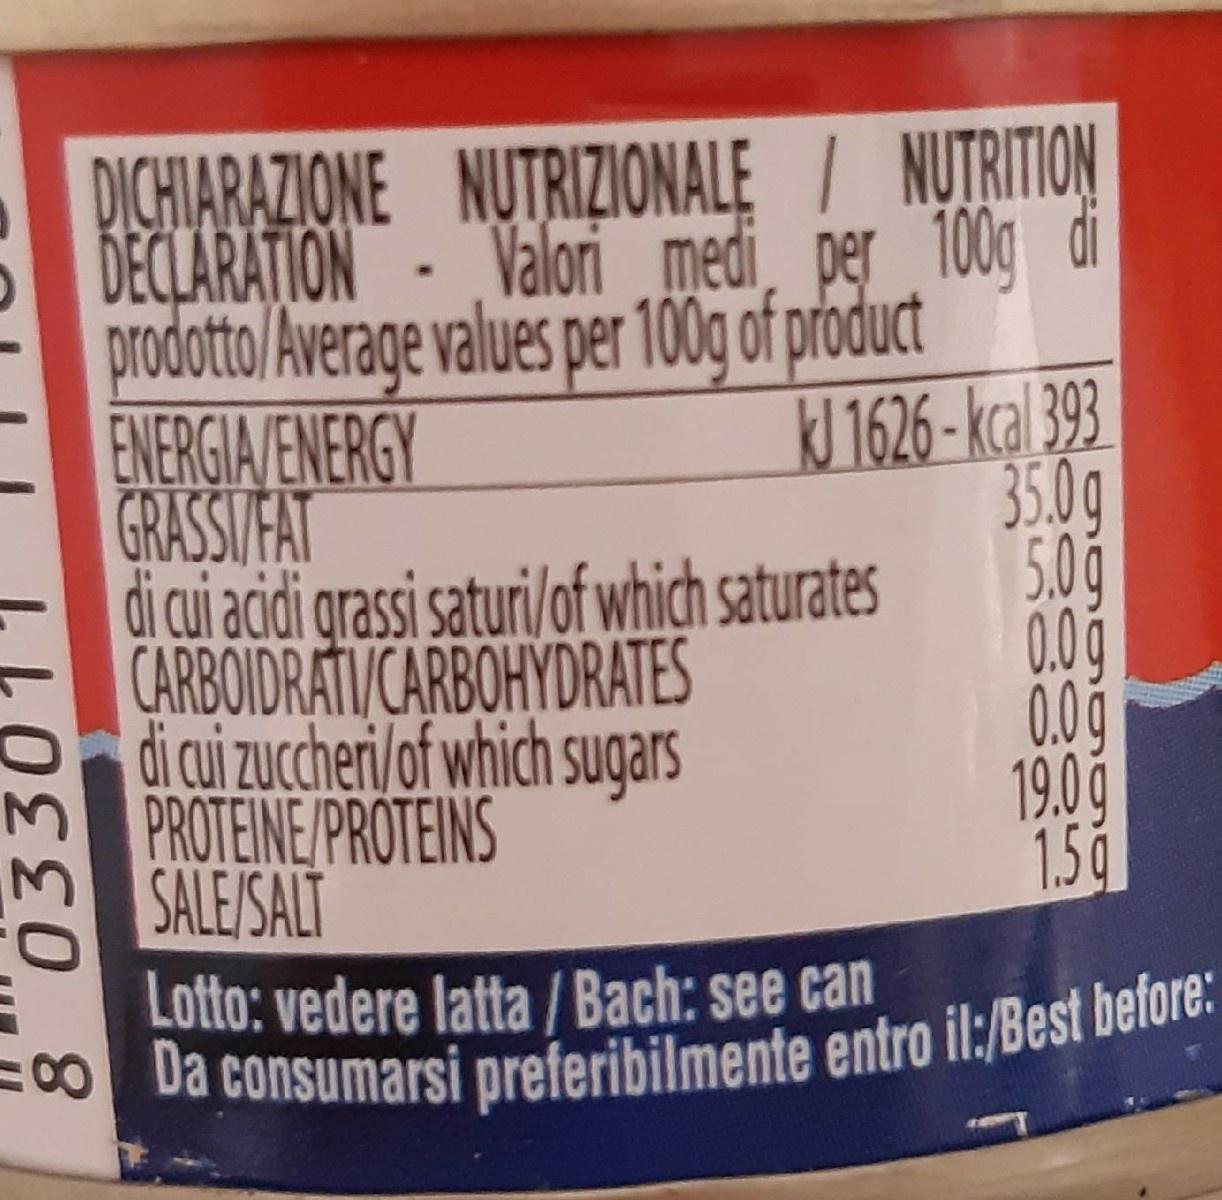
DICHLARAZIONE NUTRIZIONALĘ / NUTRITION DECLARAȚION - Valori medi, per 100g prodotto/Average values per 100g of product kl1626-kal 393 35.0g 5.00
ENERGIA/ENERGY GRASSIVFAT
CARBOIDRATI/CARBOHYDRATES di cui zucheri/of which sugars M PROTEINE/PROTEINS M SALE/SALT
di cui acidi grassi saturi/of which saturates 0.0g 0.0g 19.0 1.5 g
Lotto: vedere latta / Bach: see can 30 Da consumarsi preferibilmente entro il:/Best before: